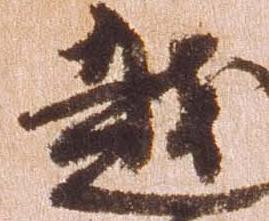
越